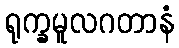
ရုက္ခမူလဂတာနံ